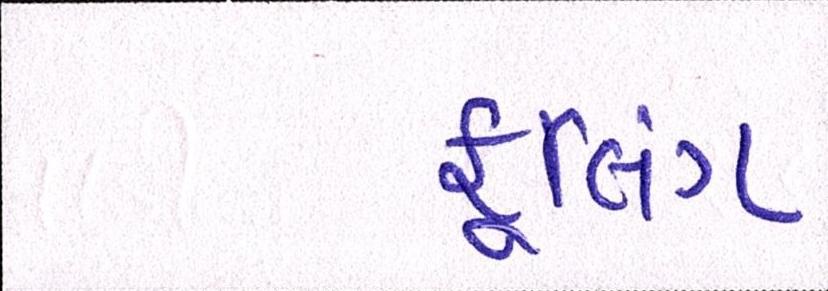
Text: કૂલિંગ